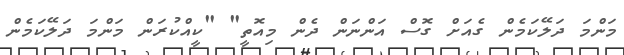
މަންމަ ދަލޭކަމެން ގެއަށް ގޮސް އަންނަން ދެން މިއޮތީ" "ކީއްކުރަން މަންމަ ދަލޭކަމެން